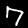
Digit: 7